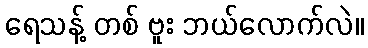
ရေသန့် တစ် ဗူး ဘယ်လောက်လဲ။